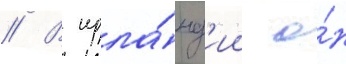
// В ирла́нд'ии о́н